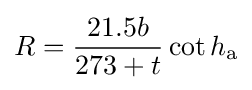
R={\frac {21.5b}{273+t}}\cot h_{\mathrm {a} }